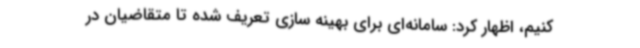
کنیم، اظهار کرد: سامانه‌ای برای بهینه سازی تعریف شده تا متقاضیان در